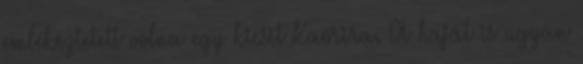
emlékeztetett volna egy kicsit Kaorira. A haját is ugyan